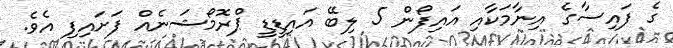
ގެ ފައިސާގެ އިނާމަކާއި އައިފޯން 5 ލިބޭ އައިޑީޑީ ޕްރޮމޯޝަނެއް ފަށައިފި އެވެ.